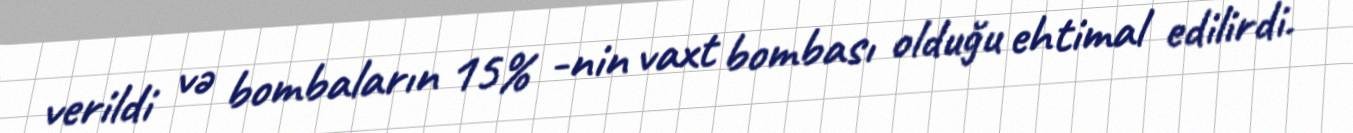
verildi və bombaların 15% -nin vaxt bombası olduğu ehtimal edilirdi.